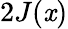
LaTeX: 2J(\mathit{x})